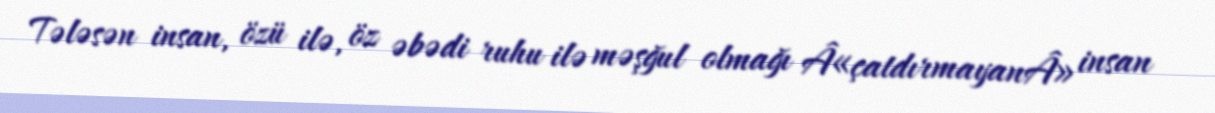
Tələsən insan, özü ilə, öz əbədi ruhu ilə məşğul olmağı Â«çatdırmayanÂ» insan